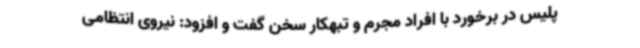
پلیس در برخورد با افراد مجرم و تبهکار سخن گفت و افزود: نیروی انتظامی